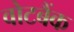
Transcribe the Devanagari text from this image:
वोटबैंक